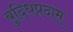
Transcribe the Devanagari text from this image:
बुद्धिप्रदाम्